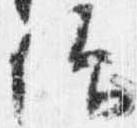
仰